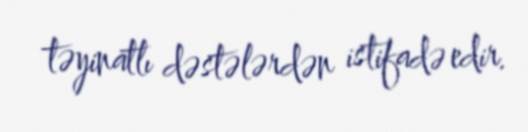
təyinatlı dəstələrdən istifadə edir.